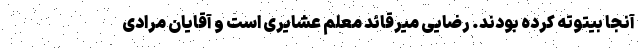
آنجا بیتوته کرده بودند. رضایی میرقائد معلم عشایری است و آقایان مرادی